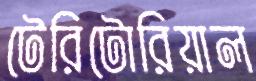
টেরিটোরিয়াল